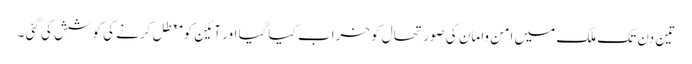
تین دن تک ملک میں امن وامان کی صورتحال کو خراب کیا گیا اور آئین کو معطل کرنے کی کوشش کی گئی ۔